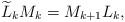
LaTeX: \begin{align*} \widetilde{L}_kM_{k}=M_{k+1}L_k,\end{align*}